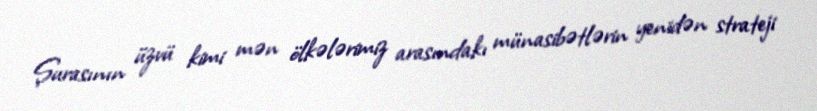
Şurasının üzvü kimi mən ölkələrimiz arasındakı münasibətlərin yenidən strateji